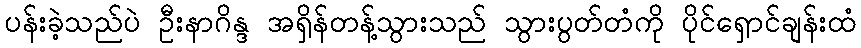
ပန်းခဲ့သည်ပဲ ဦးနာဂိန္ဒ အရှိန်တန့်သွားသည် သွားပွတ်တံကို ပိုင်ရှောင်ချန်းထံ